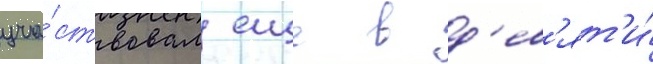
уча́ствовал еще в д'ев'ят'и́